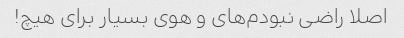
اصلا راضی نبودم‌های و هوی بسیار برای هیچ!